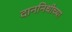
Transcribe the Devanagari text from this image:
दाननिधीच्या